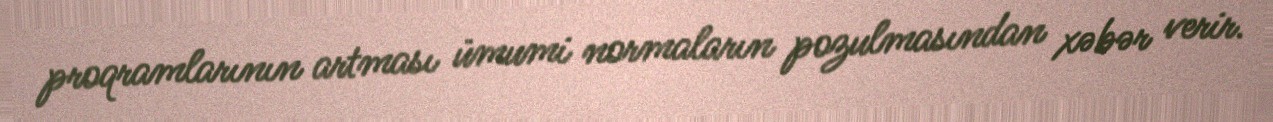
proqramlarının artması ümumi normaların pozulmasından xəbər verir.